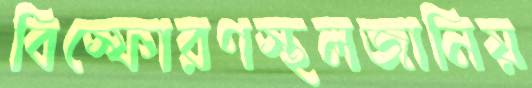
বিস্ফোরণস্থলজানিয়